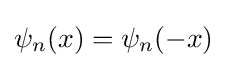
\psi _{n}(x)=\psi _{n}(-x)